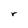
Character: r